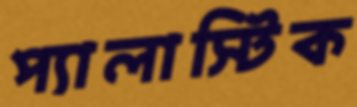
প্যালাস্টিক